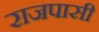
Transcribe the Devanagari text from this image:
राजपासी